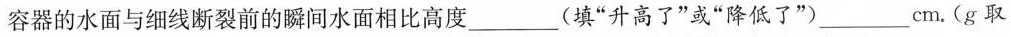
容器的水面与细线断裂前的瞬间水面相比高度______(填”升高了”或”降低了”)_____cm。(g取